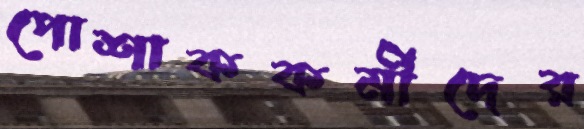
পোশাককর্মীদের